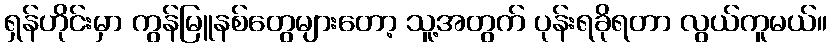
ရှန်ဟိုင်းမှာ ကွန်မြူနစ်တွေများတော့ သူ့အတွက် ပုန်းရခိုရတာ လွယ်ကူမယ်။